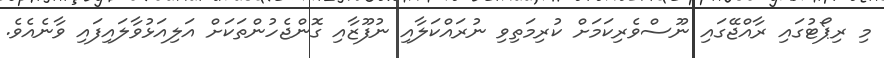
މި ރިޕޯޓުގައި ރާއްޖޭގައި ނޫސްވެރިކަމަށް ކުރިމަތިވި ނުރައްކަލާއި ނުފޫޒާއި ގޮންޖެހުންތަކަށް އަލިއަޅުވާލައިފައި ވާނެއެވެ.